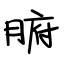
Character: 腑